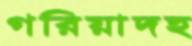
গরিয়াদহ